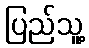
ပြည်သူ့